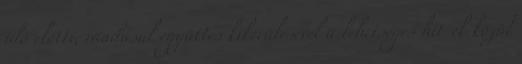
idő előtti, ráadásul együttes kikerülésével a lehetséges hit-ek közül